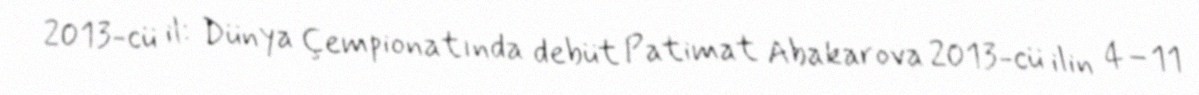
2013-cü il: Dünya Çempionatında debüt Patimat Abakarova 2013-cü ilin 4–11